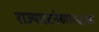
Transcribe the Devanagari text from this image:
राज्यघटनेच्या१६८व्या